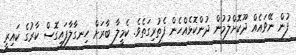
ފުން ނޭވައެއް ދޫކޮށްލުމުން ދުންކޮޅެއްހެން ފެތުރިގަތެވެ. ކެމީލާ ބާރަށް ހިނގާލާފައިގޮސް ކާރުގެ ކައިރީ